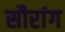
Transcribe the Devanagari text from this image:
सौरांग